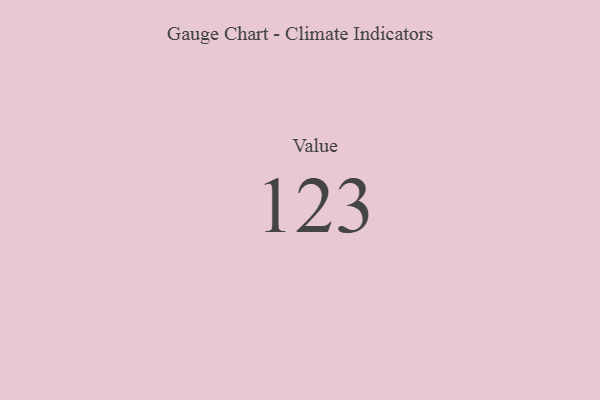
{"axis": {"x": "Metric", "y": "Value"}, "legend": [""], "data": [{"x": "Value", "y": 123, "type": ""}]}